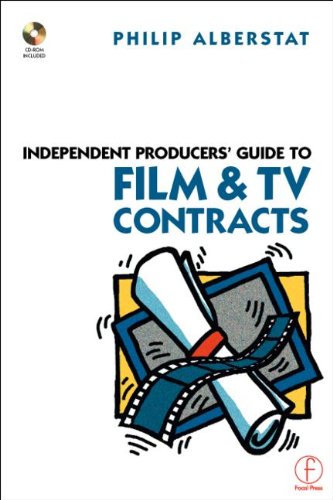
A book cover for Independent Producers' Guide to Film and TV Contracts; Unknown Author; Humor & Entertainment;